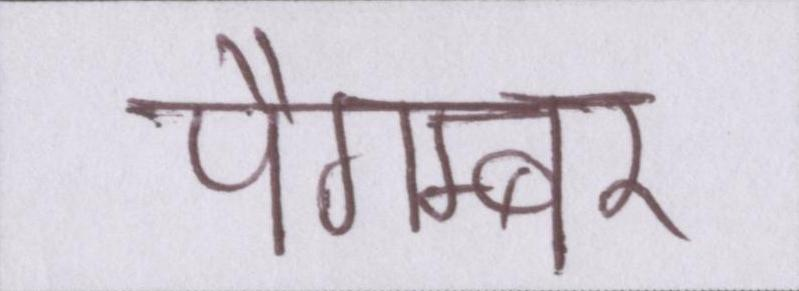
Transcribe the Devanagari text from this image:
पैगम्बर